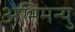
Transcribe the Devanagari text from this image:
अभिमन्‍यु